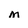
Character: M